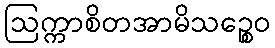
ဩက္ကာစိတအာမိသဉ္စေဝ